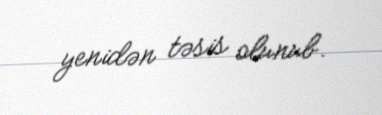
yenidən təsis olunub.